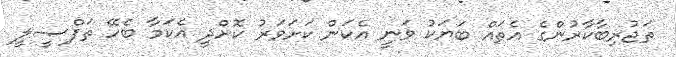
ތަޖުރިބާކާރުންގެ އެތައް ބަޔަކު ވަނީ އެކަން ކަށަވަރު ކޮށްދީ އެކަމާ ބެހޭ ތަފްޞީލީ